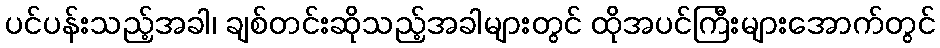
ပင်ပန်းသည့်အခါ၊ ချစ်တင်းဆိုသည့်အခါများတွင် ထိုအပင်ကြီးများအောက်တွင်